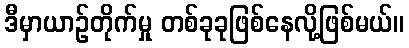
ဒီမှာယာဉ်တိုက်မှု တစ်ခုခုဖြစ်နေလို့ဖြစ်မယ်။